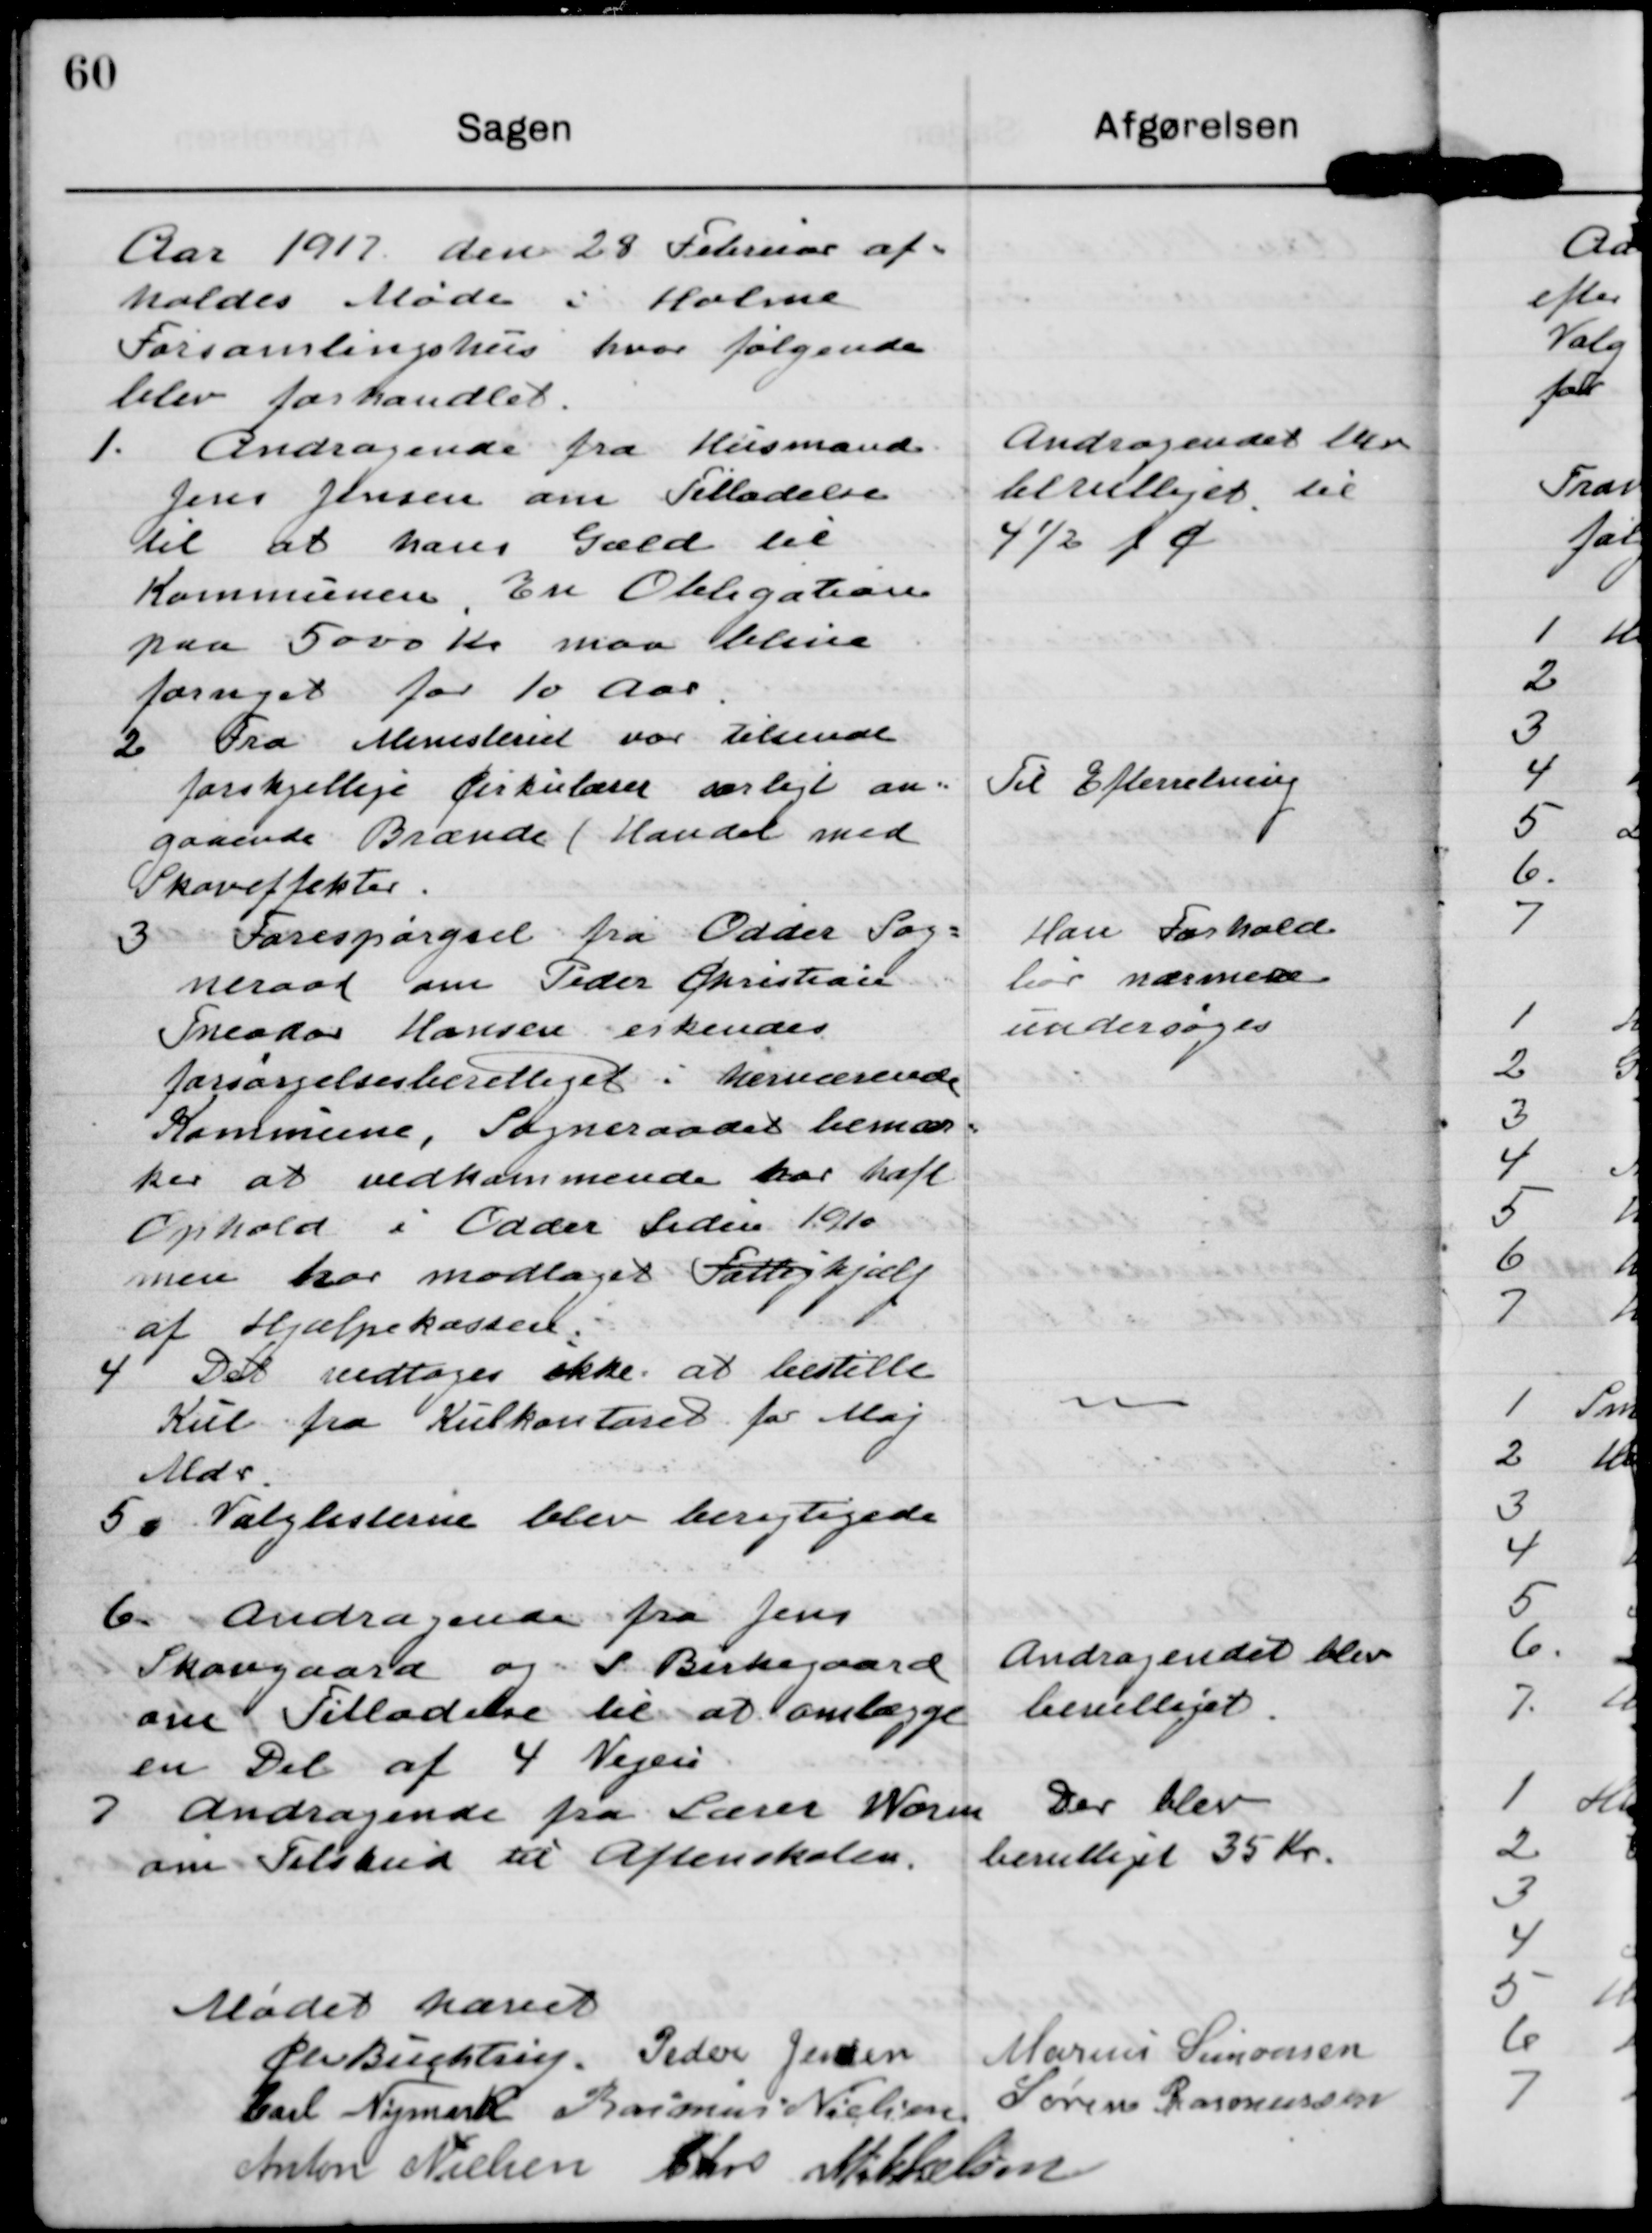
Transskription:
Aar 1917 den 28 Februar af-
holdes Møde i Holme
Forsamlingshus hvor følgende
blev forhandlet.

1. Andragende fra Husmand
Jens Jensen om Tilladelse
til at hans Gæld til
Kommunen En Obligation
paa 5000 Kr maa blive
fornyet for 10 aar.

Andragenet blev
bevilliget til
4 1/2 p c

2 Fra Ministeriet var tilsendt
forskjellige Cirkulærer særligt an-
gaaende Brænde / Handel med
Skoveffekter.

Til Efterretning

3 Forespørgsel fra Odder Sog-
neraad om Peder Christian
Theodor Hansen erkendes
forsørgelsesberettiget i herværende
Kommune. Sogneraadet bemær-
ker at vedkommende har haft
Ophold i Odder Siden 1910
men har modtaget Fattighjælp
af Hjælpekassen.

Han Forhold
bør nærmere
undersøges

4 Det vedtoges ikke at bestille
Kul fra Kulkontoret for Maj
Mdr.

5. Valglisterne blev berigtigede

6. Andragende fra Jens
Skovgaard og S Birkegaard
om Tilladelse til at omlægge
en Del af 4 Vejen

Andragendet blev
bevilliget

7 Andragende fra Lærer Worm
om Tilskud til Aftenskolen.

Der blev
bevilliget 35 Kr

Mødet hævet

Chr Buchtrup

Peder Jensen

Marius Simonsen

Carl Nymark

Rasmus Nielsen

Søren Rasmussen

Anton Nielsen

Chr Mikkelsen